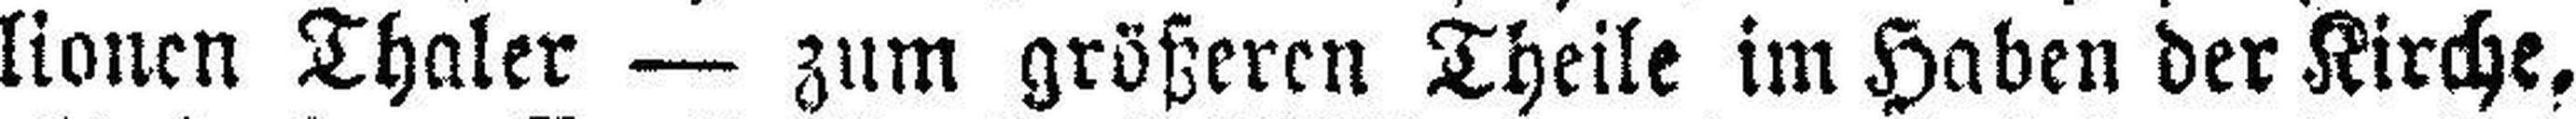
lionen Thaler — zum größeren Theile im Haben der Kirche,